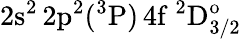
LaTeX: \mathrm{2s^{2}\, 2p^{2}(^{3}P)\, 4f~^{2}D_{3/2}^{o}}